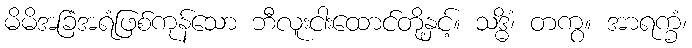
မိမိအခြံအရံဖြစ်ကုန်သော ဘီလူးငါးထောင်တို့နှင့်။ သဒ္ဓိံ၊ တကွ။ အာရက္ခံ၊